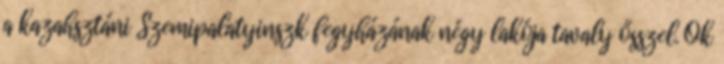
a kazahsztáni Szemipalatyinszk fegyházának négy lakója tavaly ősszel. Õk